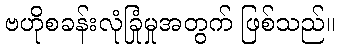
ဗဟိုစခန်းလုံခြုံမှုအတွက် ဖြစ်သည်။